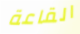
القاعة